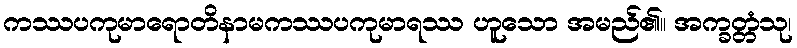
ကဿပကုမာရောတိနာမကဿပကုမာရဿ ဟူသော အမည်၏။ အက္ခတ္တံသု၊